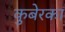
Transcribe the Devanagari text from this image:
कुबेरका